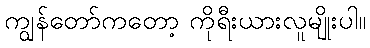
ကျွန်တော်ကတော့ ကိုရီးယားလူမျိုးပါ။